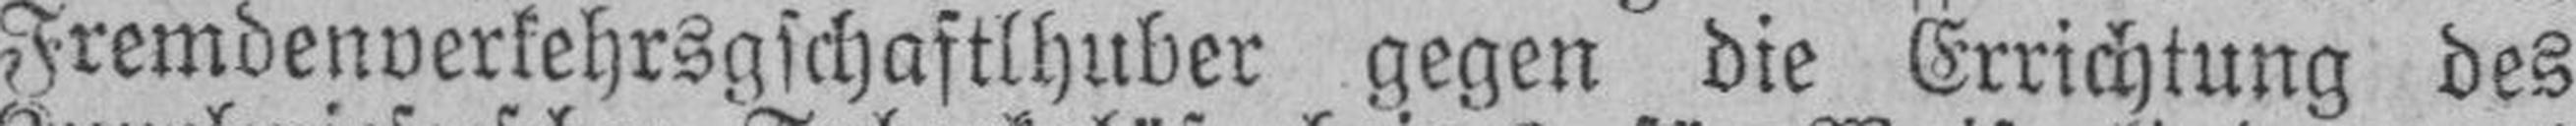
Fremdenverkehrsgschaftlhuber gegen die Errichtung des